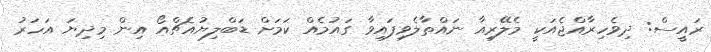
ރައީސް: ދިވެހިރާއްޖެއަކީ މެލޭރިއާ ނައްތާލެވިފައިވާ ގައުމެއް ކަމަށް ޑަބްލިޔުއެޗްއޯ އިން މިދިޔަ އަހަރު